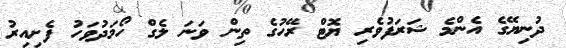
ދުނިޔޭގެ އެންމެ ޝަރަފުވެރި ޔޮޓް ރޭހުގެ ތިން ވަނަ ލެގް ހޯމަދުވަހު ފެށިއިރު